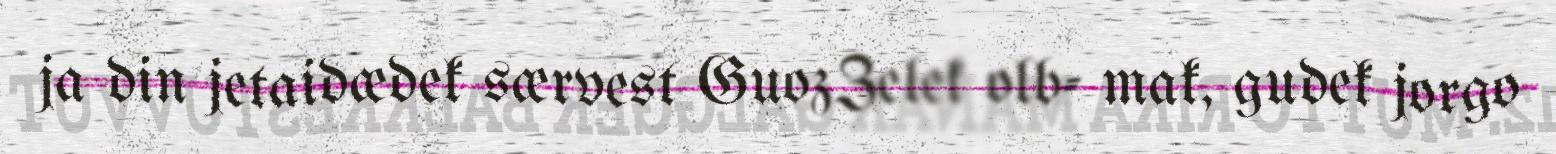
ja din jetaidædek særvest GuozZelek olb- mak, gudek jorgo